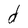
Character: d